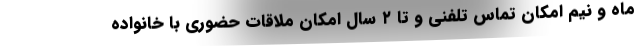
ماه و نیم امکان تماس تلفنی و تا ۲ سال امکان ملاقات حضوری با خانواده